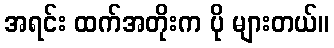
အရင်း ထက်အတိုးက ပို များတယ်။